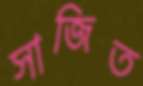
সাজিত